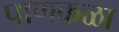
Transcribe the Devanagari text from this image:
पाणकळा